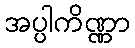
အပ္ပါကိဏ္ဏာ